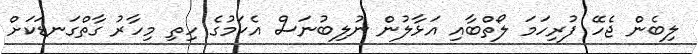
ލިބެން ޖެހޭ ފުރިހަމަ ލޯތްބާއި އަޅާލުން ނުލިބުނަސް އެކަމުގެ ހިތި މިހާރު ގާތްގަނޑަކަށް